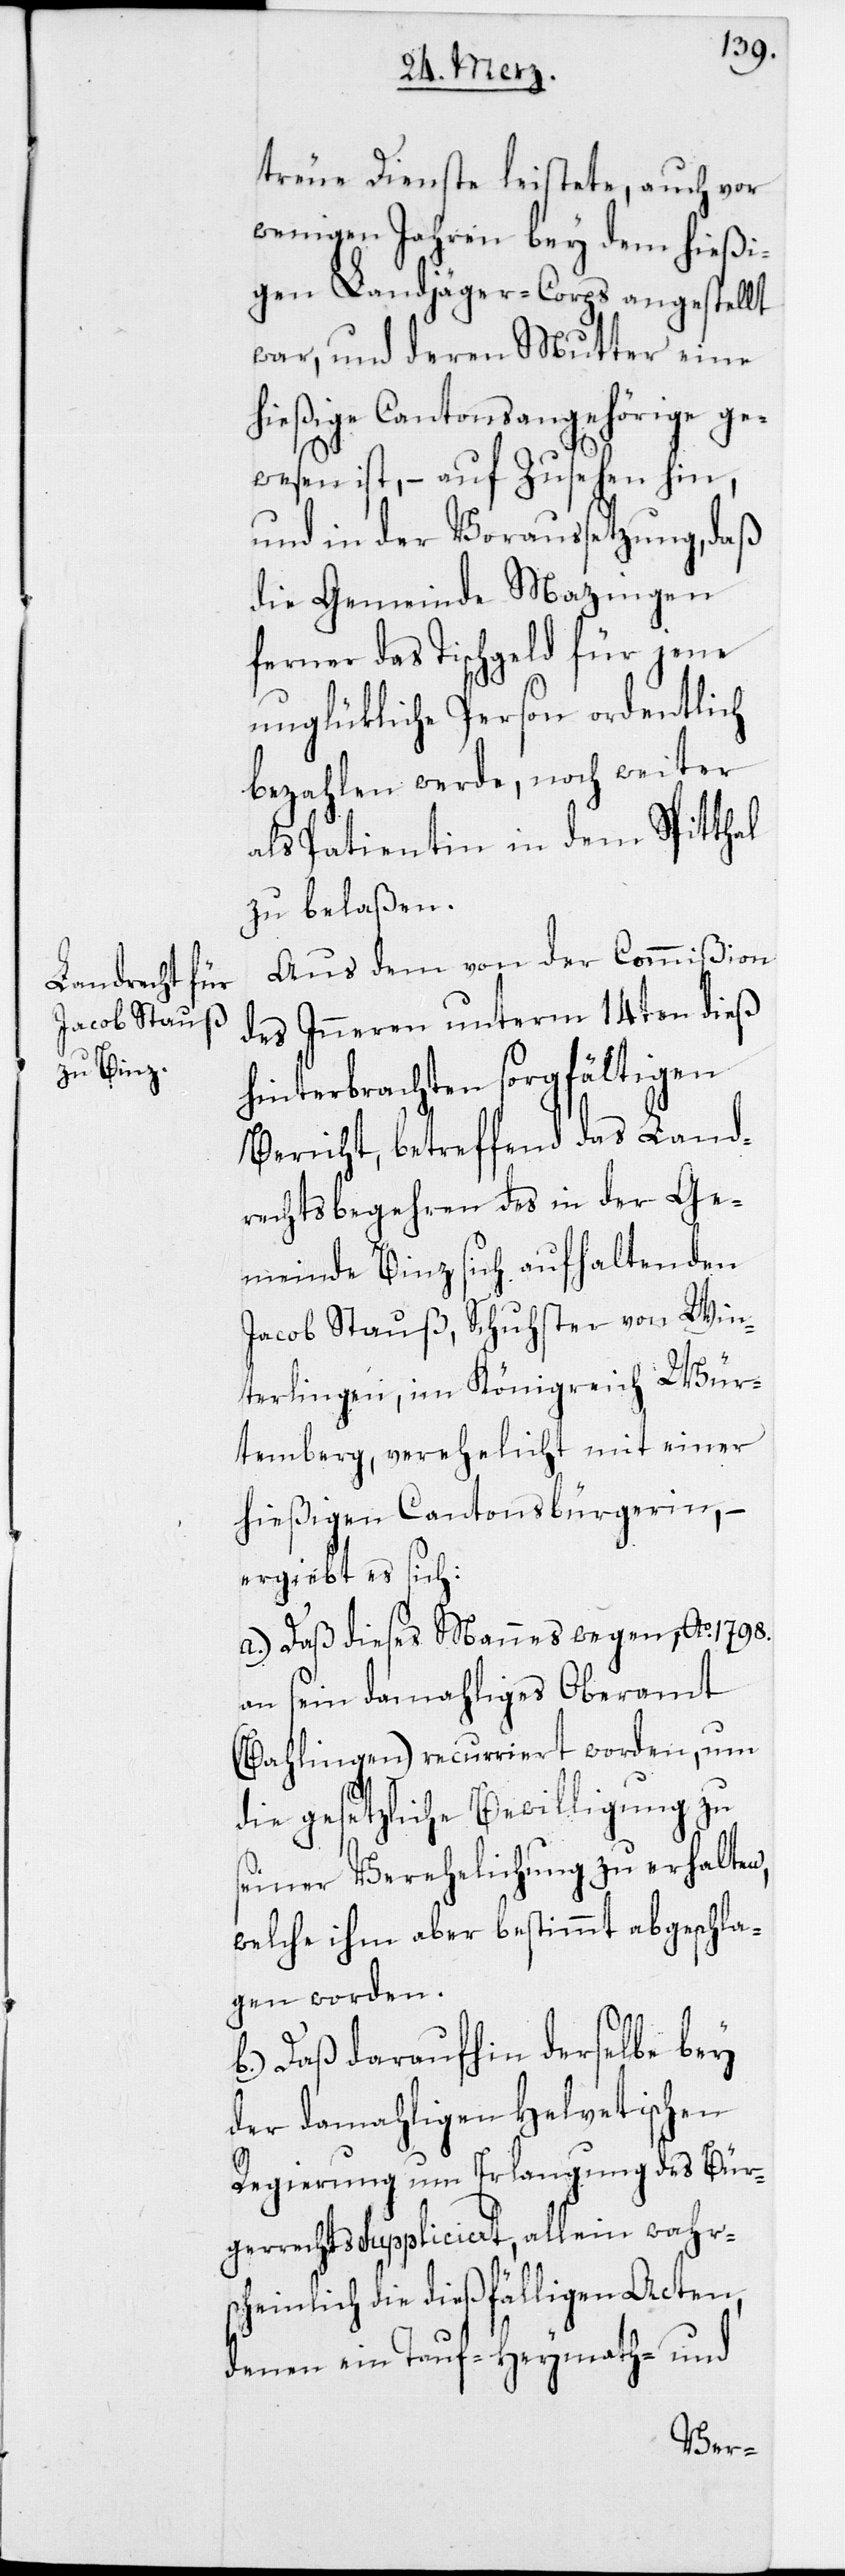
treue Dienste leistete, auch vor
wenigen Jahren bey dem hießi¬
gen Landjäger-Corps angestellt
war, und deren Mutter eine
hießige Cantonsangehörige ge¬
wesen ist, – auf Zusehen hin,
und in der Voraussetzung, daß
die Gemeinde Mazingen
ferner das Tischgeld für jene
unglükliche Person ordentlich
bezahlen werde, noch weiter
als Patientin in dem Spitthal
zu belaßen.
Aus dem von der Commißion
des Inneren unterm 14ten dieß
hinterbrachten sorgfältigen
Bericht, betreffend das Land¬
rechtsbegehren des in der Ge¬
meinde Binz sich aufhaltenden
Jacob Stauß, Schuhster von Win¬
terlingen, im Königreich Wür¬
temberg, verehelicht mit einer
hießigen Cantonsbürgerin, –
ergiebt es sich:
a) Daß dieses Mannes wegen, Ao 1798.
an sein damahliges Oberamt
(Bahlingen) reccurriert worden, um
die gesetzliche Bewilligung zu
seiner Verehelichung zu erhalten,
welche ihm aber bestimmt abgeschla¬
gen worden.
b) Daß daraufhin derselbe bey
der damahligen Helvetischen
Regierung um Erlangung des Bür¬
gerrechts suppliciert, allein wahr¬
scheinlich die dießfälligen Acten,
denen ein Tauf-[,] Heymath- und